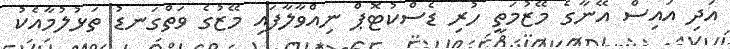
އަދި އައިސް އޭނާގެ މޭޒުމަތީ ހުރި ޑެސްކުޓޮޕް ނިއްވާލާފައި މޭޒުގެ ވަތްގަނޑު ތަޅުލުމާއެކު